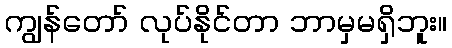
ကျွန်တော် လုပ်နိုင်တာ ဘာမှမရှိဘူး။